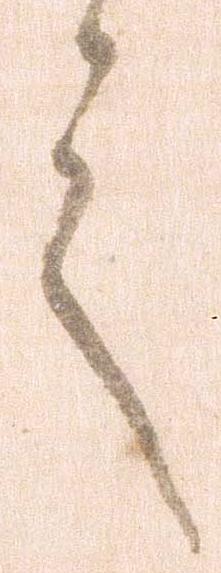
之